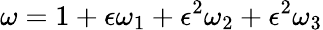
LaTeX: \omega=1+\epsilon\omega_{1}+\epsilon^{2}\omega_{2}+\epsilon^{2}\omega_{3}